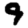
Digit: 9